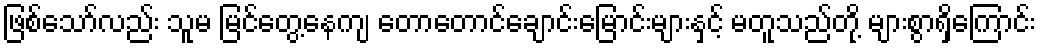
ဖြစ်သော်လည်း သူမ မြင်တွေ့နေကျ တောတောင်ချောင်းမြောင်းများနှင့် မတူသည်တို့ များစွာရှိကြောင်း